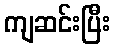
ကျဆင်းပြီး